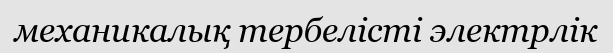
механикалық тербелісті электрлік